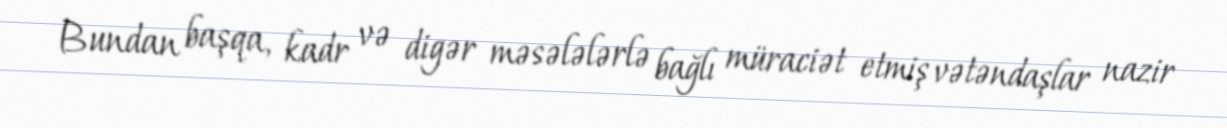
Bundan başqa, kadr və digər məsələlərlə bağlı müraciət etmiş vətəndaşlar nazir